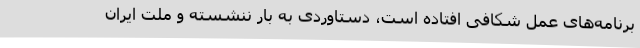
برنامه‌های عمل شکافی افتاده است، دستاوردی به بار ننشسته و ملت ایران